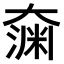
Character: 𫯶